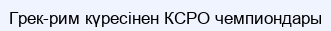
Грек-рим күресінен КСРО чемпиондары